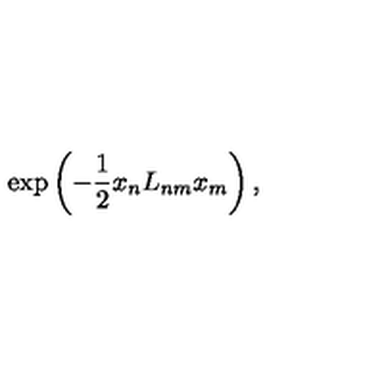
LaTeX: \exp \left( { - \frac { 1 } { 2 } x _ { n } L _ { n m } x _ { m } } \right) ,